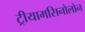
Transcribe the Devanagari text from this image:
ट्रीयामसिनोलोन